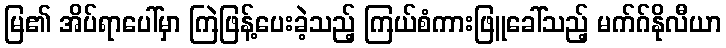
မြ၏ အိပ်ရာပေါ်မှာ ကြဲဖြန့်ပေးခဲ့သည့် ကြယ်စံကားဖြူခေါ်သည့် မက်ဂ်နိုလီယာ